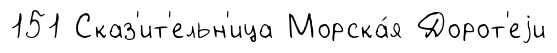
151 Сказ'ит'ельн'ица Морска́я Дорот'еjи